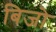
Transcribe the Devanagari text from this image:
बिजो